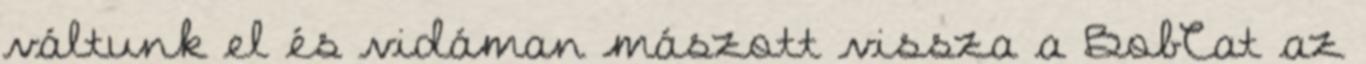
váltunk el és vidáman mászott vissza a BobCat az